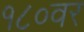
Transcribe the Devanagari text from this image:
१८०वर